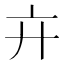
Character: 𢌮